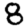
Digit: 8